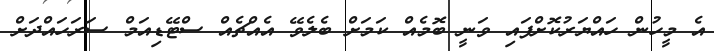
އެ މީހުން ހައްޔަރުކޮށްފައި ވަނީ ބޮމެއް ކަމަށް ބެލެވޭ އެއްޗެއް ސްޓޭޑިއަމް ސަރަހައްދަށް